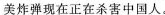
美炸弹现在正在杀害中国人